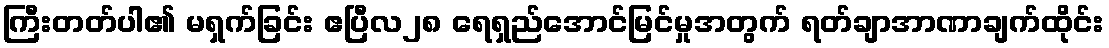
ကြီးတတ်ပါ၏ မရှက်ခြင်း ဧပြီလ၂၈ ရေရှည်အောင်မြင်မှုအတွက် ရတ်ချာအာဏာချက်ထိုင်း